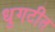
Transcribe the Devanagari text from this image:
धुगटीत